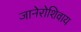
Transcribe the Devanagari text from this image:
जानेरोशिवाय